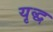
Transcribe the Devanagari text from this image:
यृद्ध